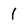
Character: 1